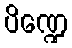
ပိဏ္ဍေ